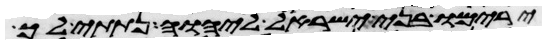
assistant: ירימו בני ישראל ליהוה נתתי לך